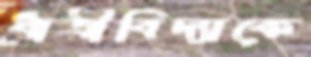
ধাত্রীবিদ্যাকে